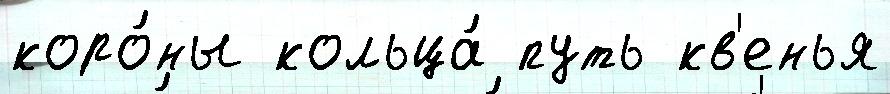
коро́ны кольца́ путь кв'енья